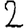
Digit: 2